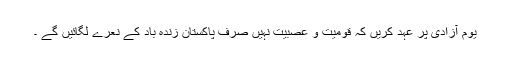
یوم آزادی پر عہد کریں کہ قومیت و عصبیت نہیں صرف پاکستان زندہ باد کے نعرے لگائیں گے ۔